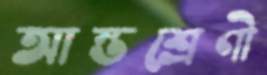
আন্তশ্রেণী